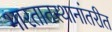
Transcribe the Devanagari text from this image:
भारतातस्थानांतरीत